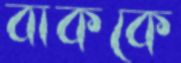
বাককে